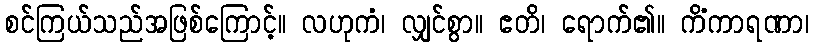
စင်ကြယ်သည်အဖြစ်ကြောင့်။ လဟုကံ၊ လျှင်စွာ။ ဧတိ၊ ရောက်၏။ ကိံကာရဏာ၊